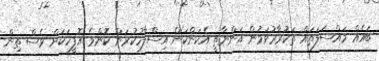
ބައެއް މައްސަލަތައް ތަކުރާރުވަމުން އަންނާތީ އެކަންކަން އިސްލާހުކުރަން ކޮންމެ އޮފީހަކަށް ވެސް ތިން